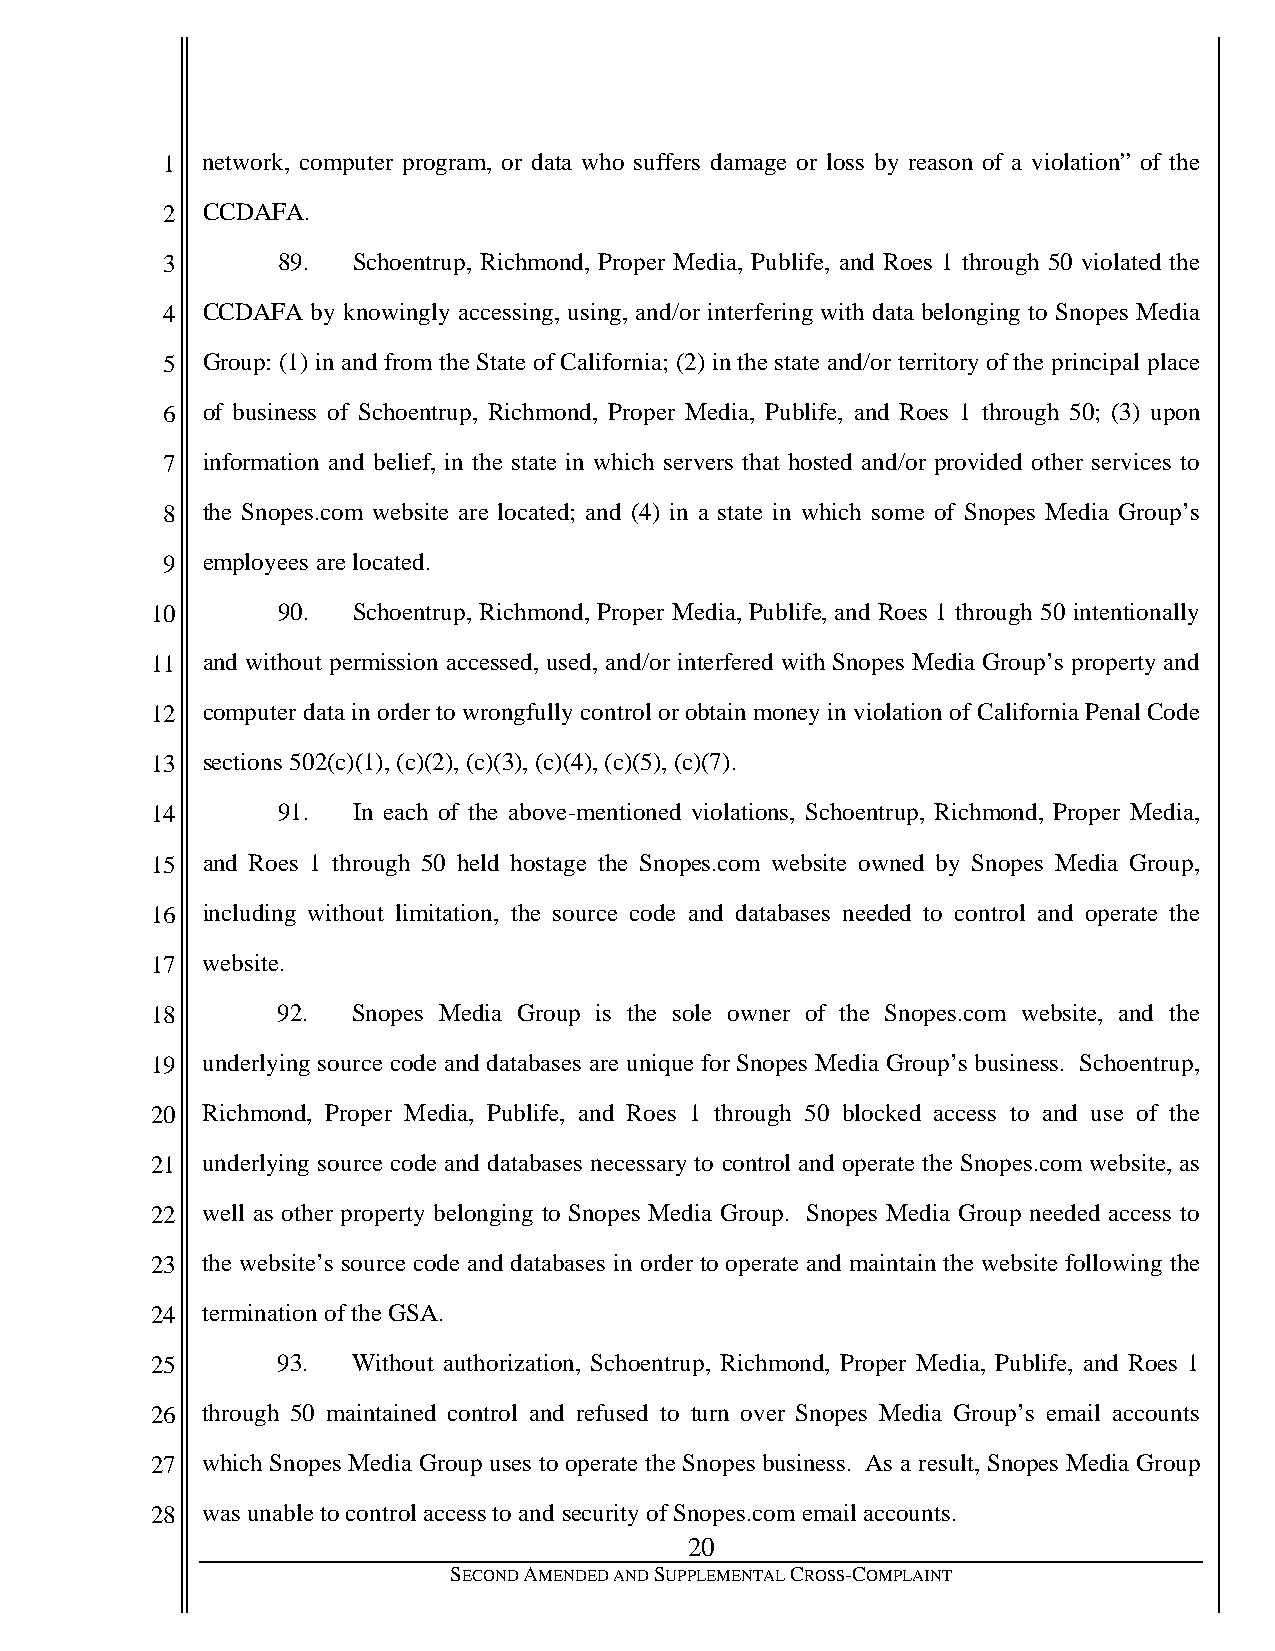
1 network, computer program, or data who suffers damage or loss by reason of a violation” of the
 2 CCDAFA.
 3      89.  Schoentrup, Richmond, Proper Media, Publife, and Roes 1 through 50 violated the
 4 CCDAFA  by knowingly accessing, using, and/or interfering with data belonging to Snopes Media
 5 Group: (1) in and from the State of California; (2) in the state and/or territory of the principal place
 6 of business of Schoentrup, Richmond, Proper Media, Publife, and Roes 1 through 50; (3) upon
 7 information and belief, in the state in which servers that hosted and/or provided other services to
 8 the Snopes.com website are located; and (4) in a state in which some of Snopes Media Group’s
 9 employees are located.
 10      90.  Schoentrup, Richmond, Proper Media, Publife, and Roes 1 through 50 intentionally
 11 and without permission accessed, used, and/or interfered with Snopes Media Group’s property and
 12 computer data in order to wrongfully control or obtain money in violation of California Penal Code
 13 sections 502(c)(1), (c)(2), (c)(3), (c)(4), (c)(5), (c)(7).
 14      91.  In each of the above-mentioned violations, Schoentrup, Richmond, Proper Media,
 15 and Roes 1 through 50 held hostage the Snopes.com website owned by Snopes Media Group,
 16 including without limitation, the source code and databases needed to control and operate the
 17 website.
 18      92.  Snopes Media Group is the sole owner of the Snopes.com website, and the
 19 underlying source code and databases are unique for Snopes Media Group’s business. Schoentrup,
 20 Richmond, Proper Media, Publife, and Roes 1 through 50 blocked access to and use of the
 21 underlying source code and databases necessary to control and operate the Snopes.com website, as
 22 well as other property belonging to Snopes Media Group. Snopes Media Group needed access to
 23 the website’s source code and databases in order to operate and maintain the website following the
 24 termination of the GSA.
 25      93.  Without authorization, Schoentrup, Richmond, Proper Media, Publife, and Roes 1
 26 through 50 maintained control and refused to turn over Snopes Media Group’s email accounts
 27 which Snopes Media Group uses to operate the Snopes business. As a result, Snopes Media Group
 28 was unable to control access to and security of Snopes.com email accounts.
 20
 SECOND AMENDED AND SUPPLEMENTAL CROSS-COMPLAINT